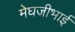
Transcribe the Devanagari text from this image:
मेघजीभाई